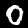
Label: 0